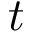
t